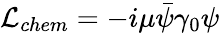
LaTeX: {\cal L}_{chem}=-i\mu\bar{\psi}\gamma_{0}\psi